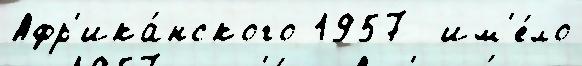
Афр'ика́нского 1957  им'е́ло